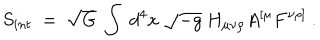
S _ { i n t } ~ = ~ \sqrt { G } ~ \int ~ d ^ { 4 } x ~ \sqrt { - g } ~ H _ { \mu \nu \rho } A ^ { [ \mu } F ^ { \nu \rho ] } ~ .